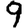
Digit: 9